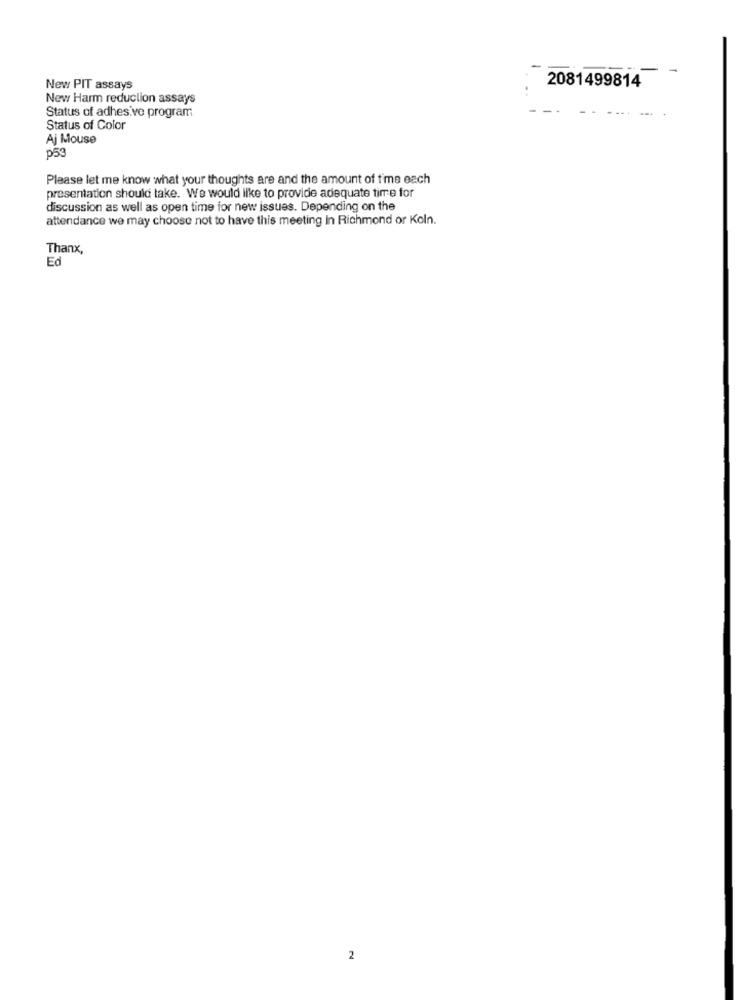
New PIT assays
2081499814
New Harm reduction assays
Status of adhesive program
Status of Color
Aj Mouse
p53
Please let me know what your thoughts are and the amount of time each
presentation should take. We would like to provide adequate time for
discussion as well as open time for new issues. Depending on the
attendance we may choose not to have this meeting In Richmond or Koln.
Thanx,
Ed
2